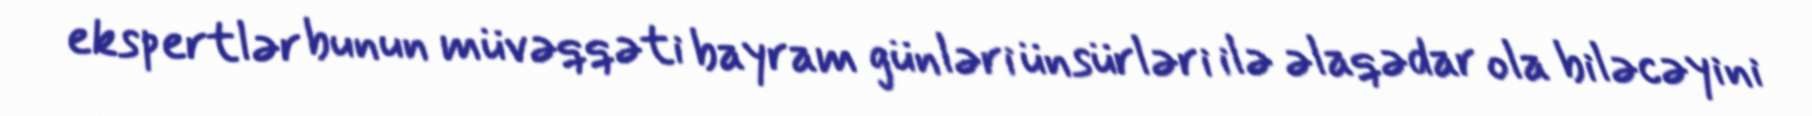
ekspertlər bunun müvəqqəti bayram günləri ünsürləri ilə əlaqədar ola biləcəyini